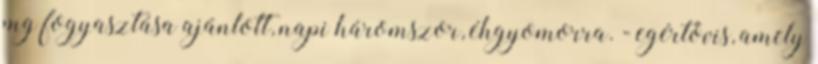
mg fogyasztása ajánlott, napi háromszor, éhgyomorra. - egértövis, amely